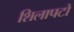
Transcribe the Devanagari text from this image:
शिलापटों